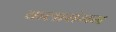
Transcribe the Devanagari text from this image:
कलासंगम